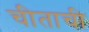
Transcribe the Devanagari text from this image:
चीताची